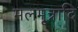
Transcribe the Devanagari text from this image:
मलमूत्रादि